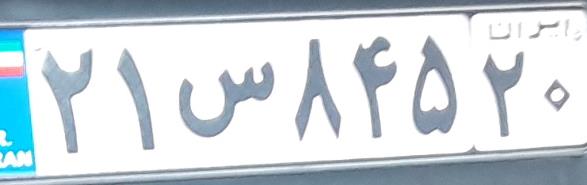
۲۱س۸۴۵۲۰